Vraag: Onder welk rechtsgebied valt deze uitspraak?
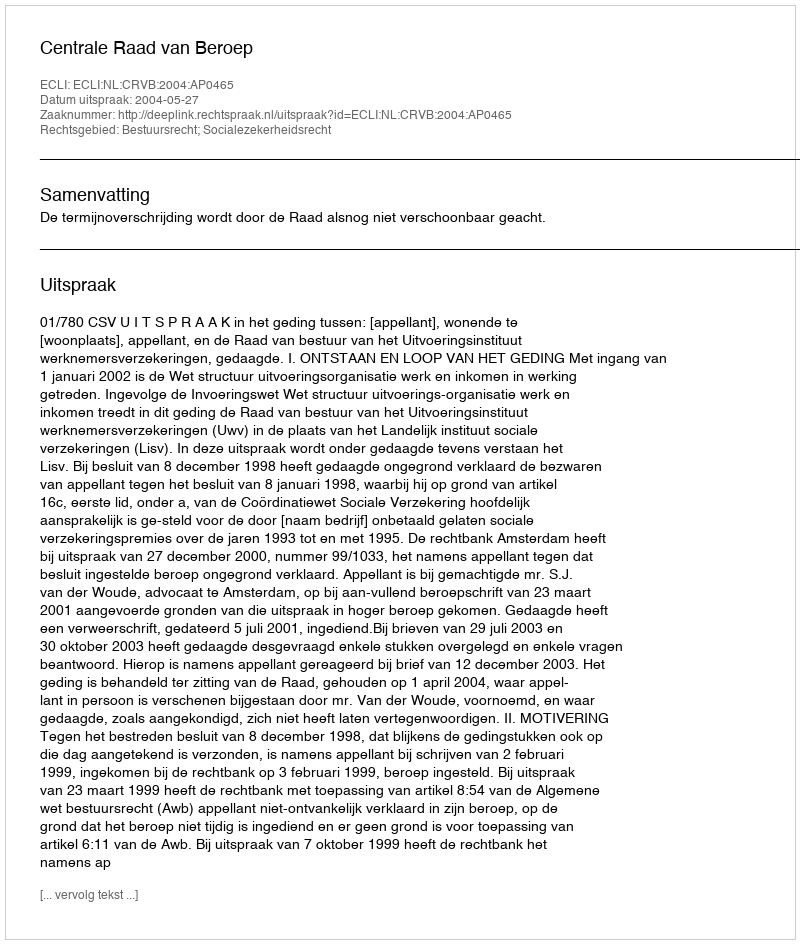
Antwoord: Bestuursrecht; Socialezekerheidsrecht